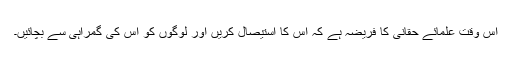
اس وقت علمائے حقانی کا فريضہ ہے کہ اس کا استیصال کریں اور لوگوں کو اس کی گمراہی سے بچائیں۔